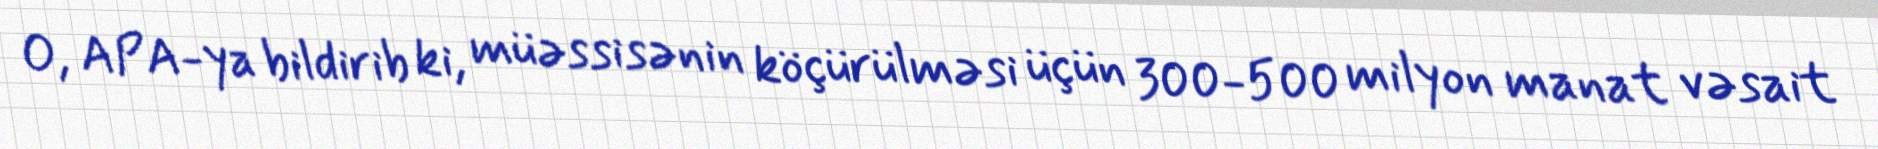
O, APA-ya bildirib ki, müəssisənin köçürülməsi üçün 300-500 milyon manat vəsait